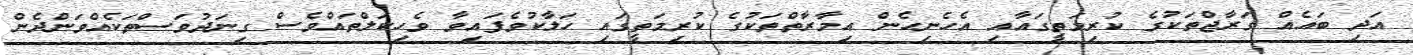
އަދި ބައެއް ގަރާޖްތަކުގެ ކުރިމަތީގައާއި އެހެނިހެން އިމާރާތްތަކުގެ ކުރިމަތީގައި ހަލާކުވެފައިވާ ވެހިކަލްތައްވެސް ގިނަދުވަސްތަކެއްވަންދެން